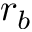
r _ { b }